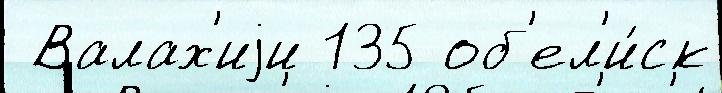
 Валах'иjи 135 об'ел'и́ск